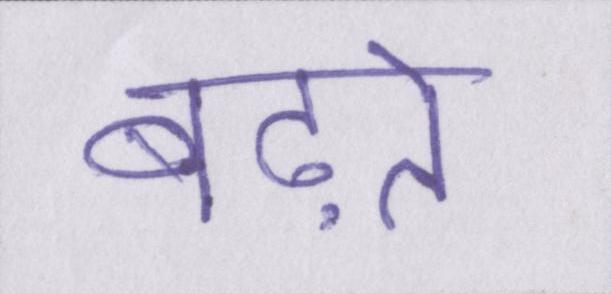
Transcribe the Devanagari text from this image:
बढ़ते